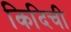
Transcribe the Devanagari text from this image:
किदिची